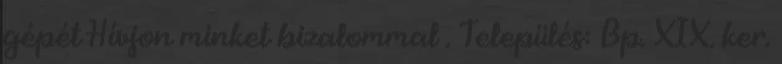
gépét Hívjon minket bizalommal . Település: Bp. XIX. ker.